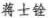
蒋士铨